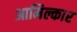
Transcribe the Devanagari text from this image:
आमिल्कार